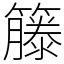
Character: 籐